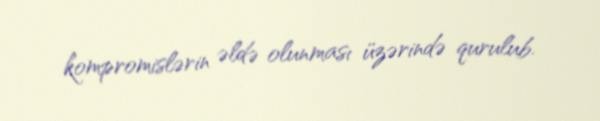
kompromislərin əldə olunması üzərində qurulub.